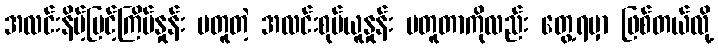
အလင်းနိမ့်မြင့်ကြိမ်နှုန်း မတူတဲ့ အလင်းစုပ်ယူနှုန်း မတူတာကိုလည်း တွေ့ရမှာ ဖြစ်တယ်လို့